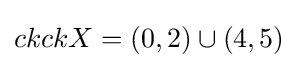
ckckX=(0,2)\cup (4,5)